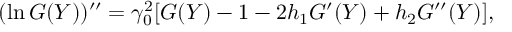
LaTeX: ( \ln G ( Y ) ) ^ { \prime \prime } = \gamma _ { 0 } ^ { 2 } [ G ( Y ) - 1 - 2 h _ { 1 } G ^ { \prime } ( Y ) + h _ { 2 } G ^ { \prime \prime } ( Y ) ] ,